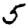
Digit: 5